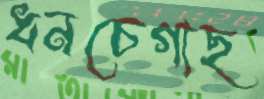
ধনচেগাছ